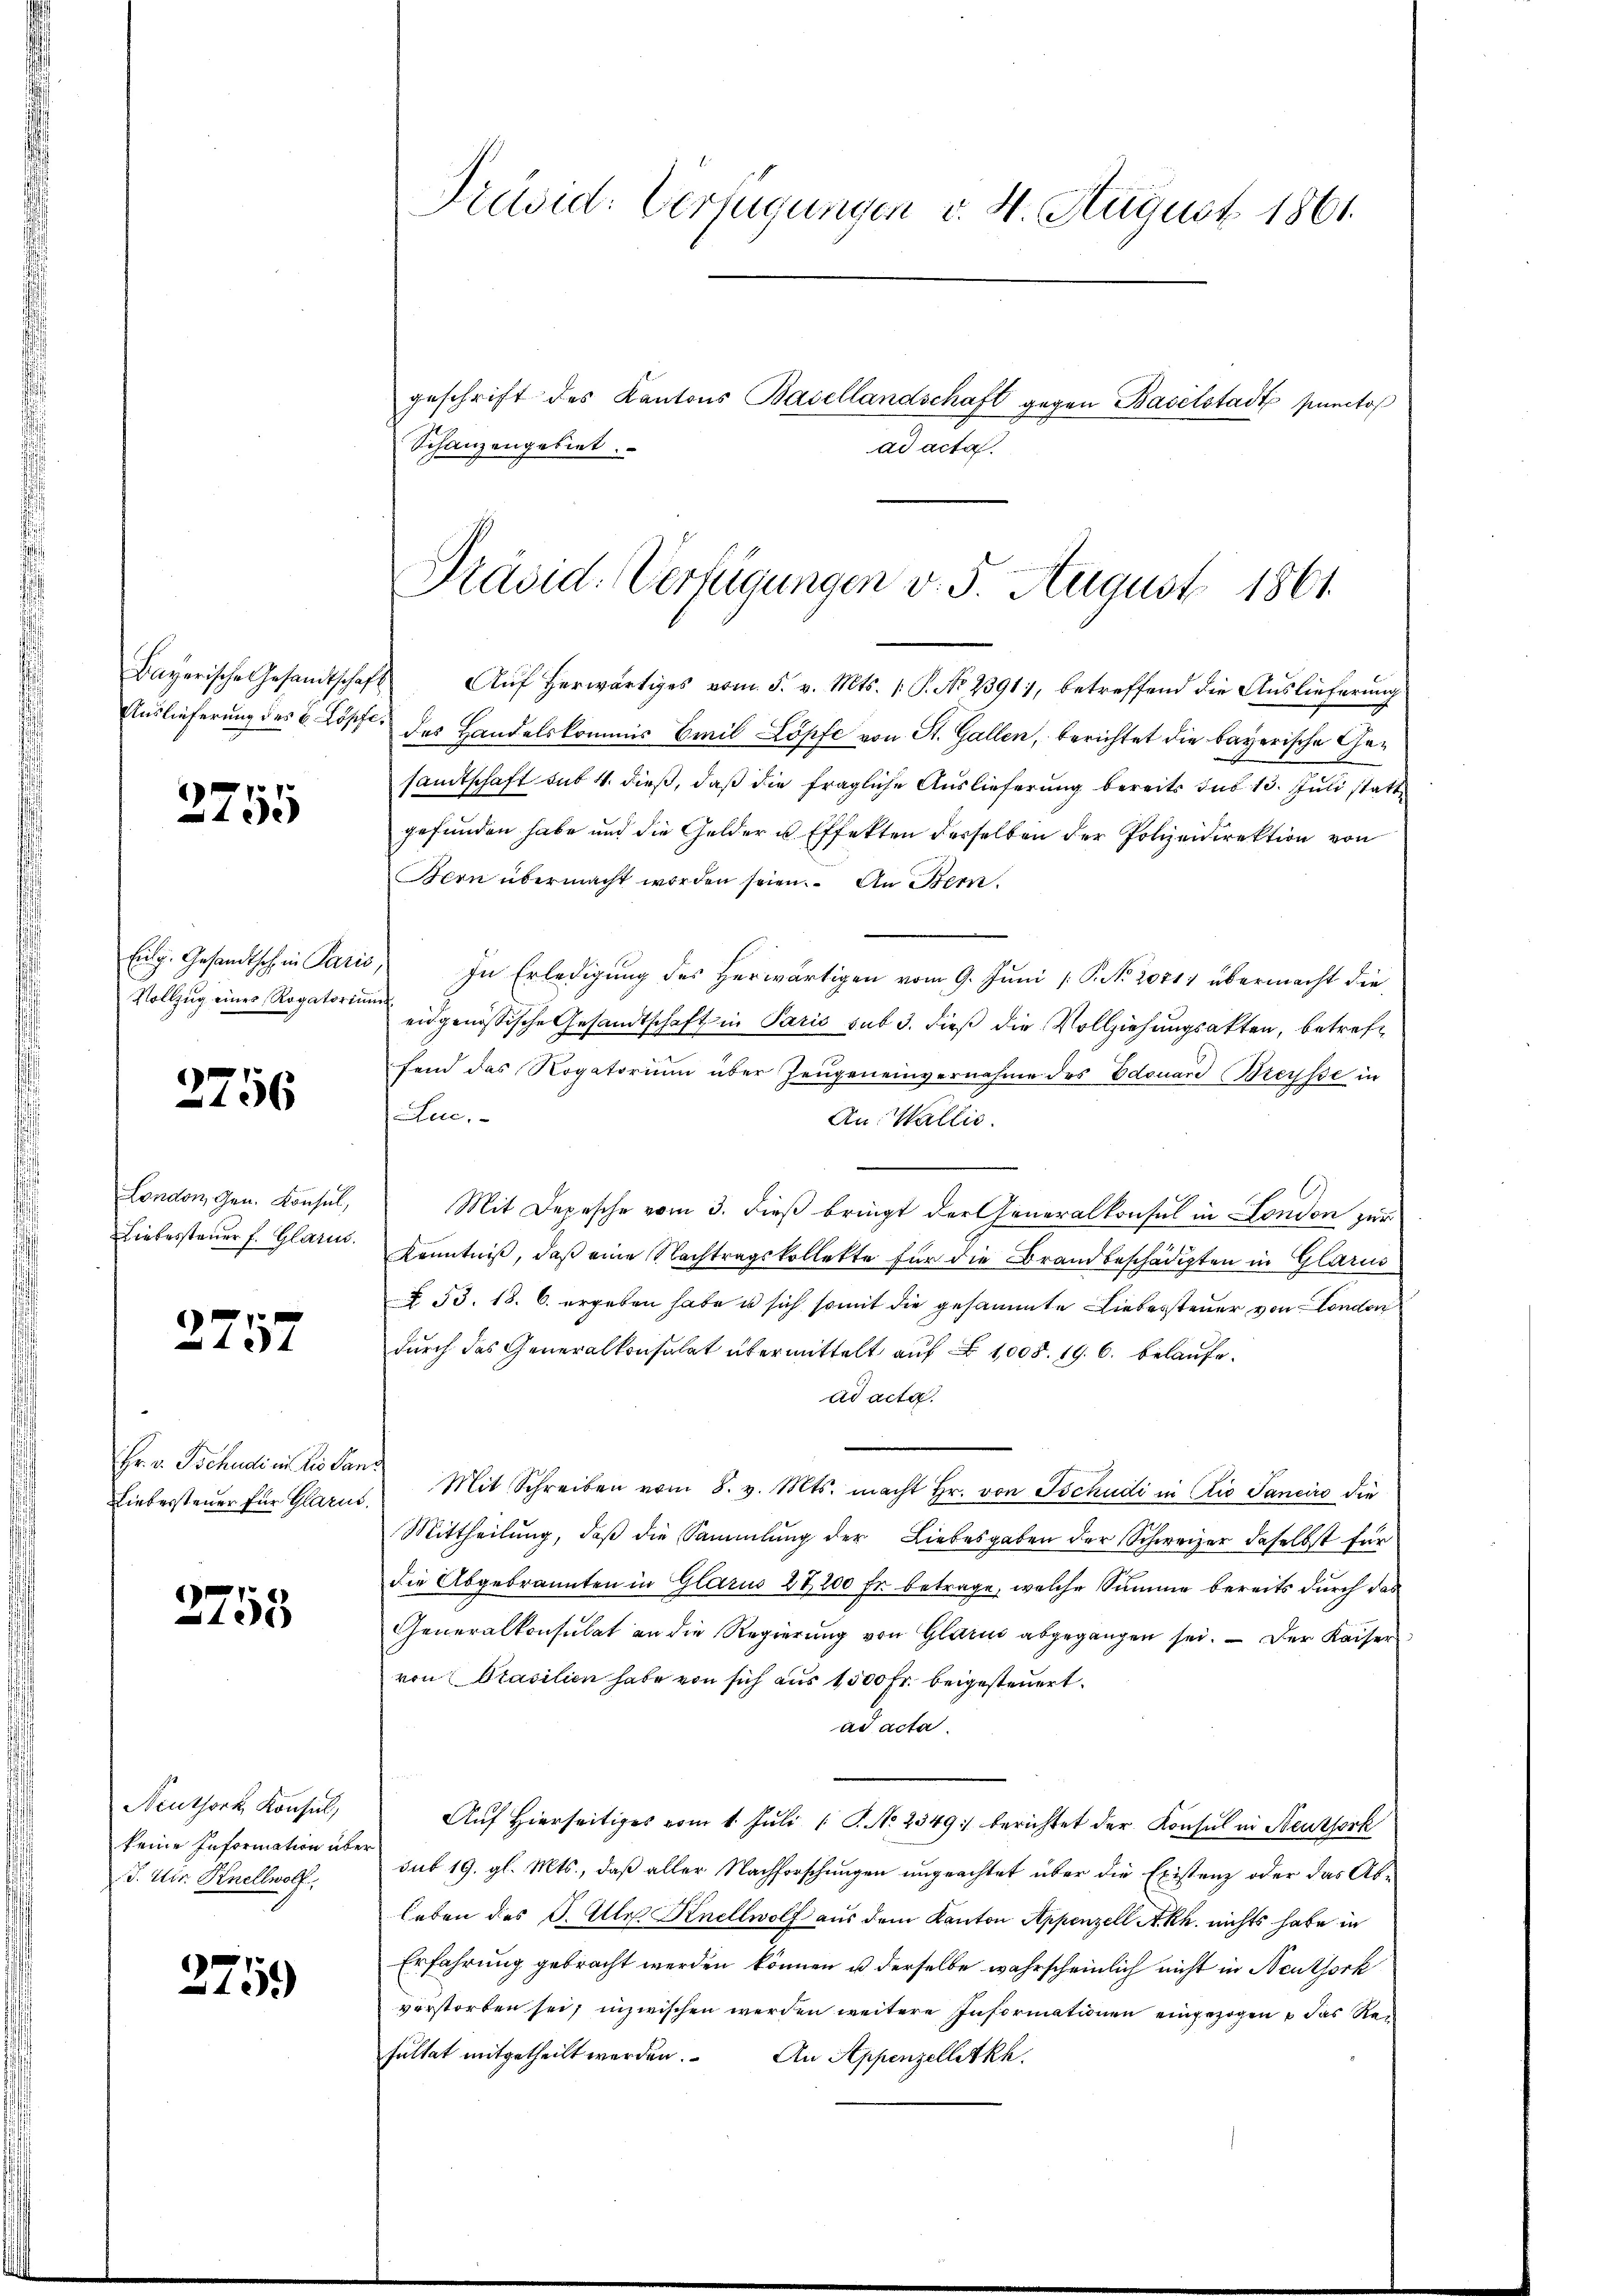
Bayerische Gesandtschaf¬
Auslieferung des C. Köpfe

2755

Eidg. Gesandtsch in Paris
Vollzug eines Rogatoriu

3756

London, Gen. Konsul,
Liebessteuer f. Glarus.

2757

Hr. v. Tschudi in die Par
Liebersteuer für Glarus

2758

Neuthork, Konsil,
keine Information über
J. Uir. Knellwolf

275.

Präsid. Verfügungen v. 4. August 1861.
geschrift des Kantons Basellandschaft gegen Baselstadt puncto
Schanzengebiet.
ad acta.

Präsid-Verfügungen v. 5. August 1861.

Auf herwärtiges vom 5. v. Mts. 1. P. No 23911, betreffend die Auslieferung
des Handelskommis Emil Löpfe von St. Gallen, berichtet die bayerische Gesamtschaft sub 4. dieß, daß die fragliche Auslieferung bereits sub 13. Juli statte
gefunden habe und die Gelder u Effekten derselben der Polizeidirektion von
Bern übermacht worden seien. An Bern.
In Erledigung des Herwärtigen vom 9. Juni [ P. No. 2071) übermacht die
eidgenössische Gesandtschaft in Paris sub 3. dieß die Vollziehungsakten, betreff
fend das Rogatorium über Zeugeneinvernahme des Edouard Breysse in
Luc.
An: Wallis.
Mit Depesche vom 3. dieß bringt der Generalkonsul in London zur
Kenntniß, daß eine Nachtragskollette für die Brandbeschädigten in Glarus
§ 53. 18. 6. ergeben habe u sich somit die gesammte Liebessteuer von London
durch das Generalkonsulat übermittelt auf 1008. 196. belaufead acta.
Mit Schreiben vom 8. v. Mts. macht Hr. von Tschudi in Ctio Janeiro die
Mittheilung, daß die Sammlung der Liebesgaben der Schweizer daselbst für
die Abgebrannten in Glarus 27200 Fr. betrage, welche Summe bereits durch das
Generalkonsulat an die Regierŭng von Glarus abgegangen sei. Der Kaiser
von Stasilien habe von sich aus 1500 Fr. beigesteuert.
ad acta
Auf Hierseitiges vom 1. Juli 1 P. No. 2349:/ berichtet der Konsul in Steutserk
sub 19. gl. Mts., daß aller Nachforschungen ungeachtet über die Existenz oder das Ab¬
Erben des S. Alle Knellwolf aus dem Kanton Appenzell Akh. nichts habe in
Erfahrung gebracht werden können u derselbe wahrscheinlich nicht in Neuthork
vorstorben sei, inzwischen werden weitere Informationen eingezogen das Resultat mitgetheilt werden. An Appenzelletkh